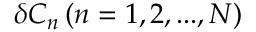
{ \delta { C _ { n } } } \left( { n = 1 , 2 , . . . , N } \right)